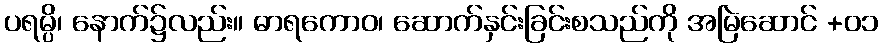
ပရမ္ပိ၊ နောက်၌လည်း။ ဓာရကောဝ၊ ဆောက်နှင်းခြင်းစသည်ကို အမြဲဆောင် +၀၁